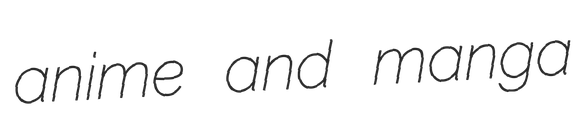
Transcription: anime and manga